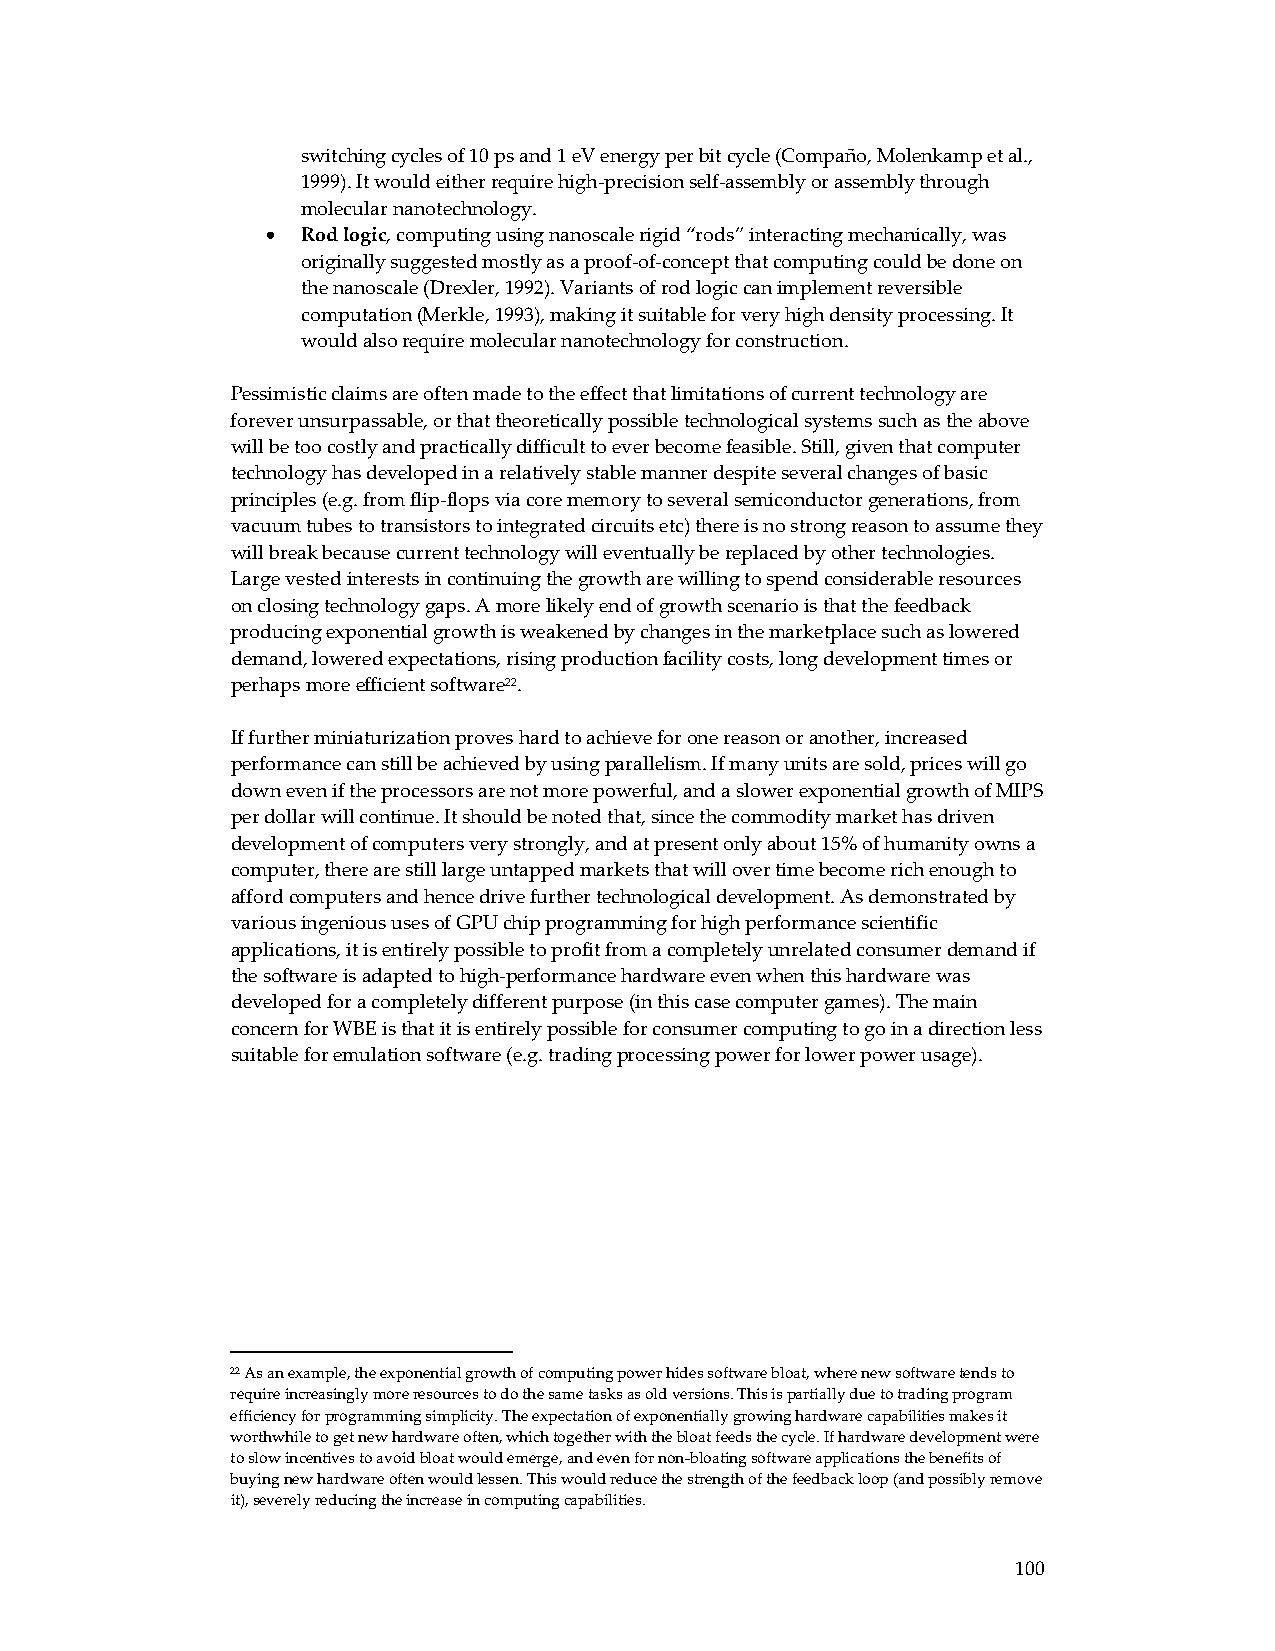
switching cycles of 10 ps and 1 eV energy per bit cycle (Compaño, Molenkamp et al.,
 1999). It would either require high‐precision self‐assembly or assembly through
 molecular nanotechnology.
 • Rod logic, computing using nanoscale rigid “rods” interacting mechanically, was
 originally suggested mostly as a proof‐of‐concept that computing could be done on
 the nanoscale (Drexler, 1992). Variants of rod logic can implement reversible
 computation (Merkle, 1993), making it suitable for very high density processing. It
 would also require molecular nanotechnology for construction.
 Pessimistic claims are often made to the effect that limitations of current technology are
 forever unsurpassable, or that theoretically possible technological systems such as the above
 will be too costly and practically difficult to ever become feasible. Still, given that computer
 technology has developed in a relatively stable manner despite several changes of basic
 principles (e.g. from flip‐flops via core memory to several semiconductor generations, from
 vacuum tubes to transistors to integrated circuits etc) there is no strong reason to assume they
 will break because current technology will eventually be replaced by other technologies.
 Large vested interests in continuing the growth are willing to spend considerable resources
 on closing technology gaps. A more likely end of growth scenario is that the feedback
 producing exponential growth is weakened by changes in the marketplace such as lowered
 demand, lowered expectations, rising production facility costs, long development times or
 perhaps more efficient software22.
 If further miniaturization proves hard to achieve for one reason or another, increased
 performance can still be achieved by using parallelism. If many units are sold, prices will go
 down even if the processors are not more powerful, and a slower exponential growth of MIPS
 per dollar will continue. It should be noted that, since the commodity market has driven
 development of computers very strongly, and at present only about 15% of humanity owns a
 computer, there are still large untapped markets that will over time become rich enough to
 afford computers and hence drive further technological development. As demonstrated by
 various ingenious uses of GPU chip programming for high performance scientific
 applications, it is entirely possible to profit from a completely unrelated consumer demand if
 the software is adapted to high‐performance hardware even when this hardware was
 developed for a completely different purpose (in this case computer games). The main
 concern for WBE is that it is entirely possible for consumer computing to go in a direction less
 suitable for emulation software (e.g. trading processing power for lower power usage).
 22 As an example, the exponential growth of computing power hides software bloat, where new software tends to
 require increasingly more resources to do the same tasks as old versions. This is partially due to trading program
 efficiency for programming simplicity. The expectation of exponentially growing hardware capabilities makes it
 worthwhile to get new hardware often, which together with the bloat feeds the cycle. If hardware development were
 to slow incentives to avoid bloat would emerge, and even for non‐bloating software applications the benefits of
 buying new hardware often would lessen. This would reduce the strength of the feedback loop (and possibly remove
 it), severely reducing the increase in computing capabilities.
 100